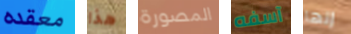
معقده هذا المصورة آسفه إنها